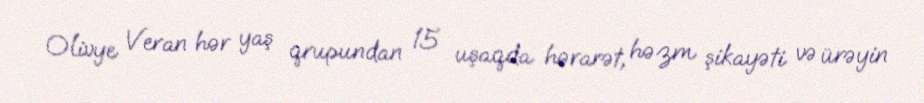
Olivye Veran hər yaş qrupundan 15 uşaqda hərarət, həzm şikayəti və ürəyin